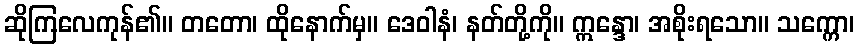
ဆိုကြလေကုန်၏။ တတော၊ ထိုနောက်မှ။ ဒေဝါနံ၊ နတ်တို့ကို။ ဣန္ဒော၊ အစိုးရသော။ သက္ကော၊